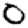
Digit: 0